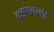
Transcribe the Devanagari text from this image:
कडप्पनल्लूर